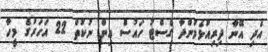
އަދި އޭނާ ދިރިއުޅެމުންދާ ގެސްޓު ހައުސް އިން ނުކުތް 22 އަހަރުގެ މީހާ